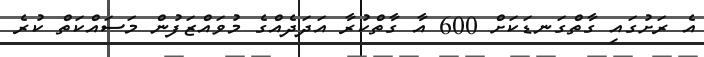
އެ ރަށުގައި ގާތްގަނޑަކަށް 600 އާ ގާތްކުރާ އަދަދެއްގެ މުވައްޒަފުން މަސައްކަތް ކުރެ